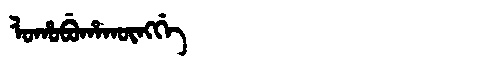
Manchu: ᠯᠣᡥᠣᠪᡠᡥᠠᡴᡡᠩᡤᡝ
Romanization: LOHOBUHAKŪNGGE